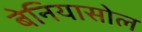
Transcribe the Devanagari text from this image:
बेनियासोल